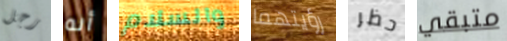
رجل أنه والسلام رؤيتهما حظر متبقي